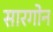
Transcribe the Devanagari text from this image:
सारगोन